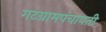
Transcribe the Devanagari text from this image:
गटग्रामपंचायती